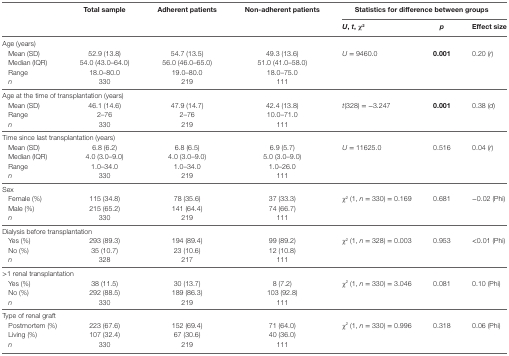
<table><thead><tr><td rowspan="2"></td><td rowspan="2"><b>Total sample</b></td><td rowspan="2"><b>Adherent patients</b></td><td rowspan="2"><b>Non-adherent patients</b></td><td colspan="3"><b>Statistics for difference between groups</b></td></tr><tr><td><b><i>U</i>, <i>t</i>, χ<sup>2</sup></b></td><td><b><i>p</i></b></td><td><b>Effect size</b></td></tr></thead><tbody><tr><td colspan="7">Age (years)</td></tr><tr><td> Mean (SD)</td><td>52.9 (13.8)</td><td>54.7 (13.5)</td><td>49.3 (13.6)</td><td rowspan="4"><i>U</i> = 9460.0</td><td rowspan="4"><b>0.001</b></td><td rowspan="4">0.20 (<i>r</i>)</td></tr><tr><td> Median (IQR)</td><td>54.0 (43.0–64.0)</td><td>56.0 (46.0–65.0)</td><td>51.0 (41.0–58.0)</td></tr><tr><td> Range</td><td>18.0–80.0</td><td>19.0–80.0</td><td>18.0–75.0</td></tr><tr><td> <i>n</i></td><td>330</td><td>219</td><td>111</td></tr><tr><td colspan="7">Age at the time of transplantation (years)</td></tr><tr><td> Mean (SD)</td><td>46.1 (14.6)</td><td>47.9 (14.7)</td><td>42.4 (13.8)</td><td rowspan="3"><i>t</i>(328) = −3.247</td><td rowspan="3"><b>0.001</b></td><td rowspan="3">0.38 (<i>d</i>)</td></tr><tr><td> Range</td><td>2–76</td><td>2–76</td><td>10.0–71.0</td></tr><tr><td> <i>n</i></td><td>330</td><td>219</td><td>111</td></tr><tr><td colspan="7">Time since last transplantation (years)</td></tr><tr><td> Mean (SD)</td><td>6.8 (6.2)</td><td>6.8 (6.5)</td><td>6.9 (5.7)</td><td rowspan="4"><i>U</i> = 11625.0</td><td rowspan="4">0.516</td><td rowspan="4">0.04 (<i>r</i>)</td></tr><tr><td> Median (IQR)</td><td>4.0 (3.0–9.0)</td><td>4.0 (3.0–9.0)</td><td>5.0 (3.0–9.0)</td></tr><tr><td> Range</td><td>1.0–34.0</td><td>1.0–34.0</td><td>1.0–26.0</td></tr><tr><td> <i>n</i></td><td>330</td><td>219</td><td>111</td></tr><tr><td colspan="7">Sex</td></tr><tr><td> Female (%)</td><td>115 (34.8)</td><td>78 (35.6)</td><td>37 (33.3)</td><td rowspan="3">χ<sup>2</sup> (1, <i>n</i> = 330) = 0.169</td><td rowspan="3">0.681</td><td rowspan="3">−0.02 (Phi)</td></tr><tr><td> Male (%)</td><td>215 (65.2)</td><td>141 (64.4)</td><td>74 (66.7)</td></tr><tr><td> <i>n</i></td><td>330</td><td>219</td><td>111</td></tr><tr><td colspan="7">Dialysis before transplantation</td></tr><tr><td> Yes (%)</td><td>293 (89.3)</td><td>194 (89.4)</td><td>99 (89.2)</td><td rowspan="3">χ<sup>2</sup> (1, <i>n</i> = 328) = 0.003</td><td rowspan="3">0.953</td><td rowspan="3">&lt;0.01 (Phi)</td></tr><tr><td> No (%)</td><td>35 (10.7)</td><td>23 (10.6)</td><td>12 (10.8)</td></tr><tr><td> <i>n</i></td><td>328</td><td>217</td><td>111</td></tr><tr><td colspan="7">&gt;1 renal transplantation</td></tr><tr><td> Yes (%)</td><td>38 (11.5)</td><td>30 (13.7)</td><td>8 (7.2)</td><td rowspan="3">χ<sup>2</sup> (1, <i>n</i> = 330) = 3.046</td><td rowspan="3">0.081</td><td rowspan="3">0.10 (Phi)</td></tr><tr><td> No (%)</td><td>292 (88.5)</td><td>189 (86.3)</td><td>103 (92.8)</td></tr><tr><td> <i>n</i></td><td>330</td><td>219</td><td>111</td></tr><tr><td colspan="7">Type of renal graft</td></tr><tr><td> Postmortem (%)</td><td>223 (67.6)</td><td>152 (69.4)</td><td>71 (64.0)</td><td rowspan="3">χ<sup>2</sup> (1, <i>n</i> = 330) = 0.996</td><td rowspan="3">0.318</td><td rowspan="3">0.06 (Phi)</td></tr><tr><td> Living (%)</td><td>107 (32.4)</td><td>67 (30.6)</td><td>40 (36.0)</td></tr><tr><td> <i>n</i></td><td>330</td><td>219</td><td>111</td></tr></tbody></table>